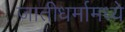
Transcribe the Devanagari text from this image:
जातीधर्मामध्ये